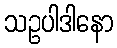
သဥပါဒါနော